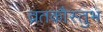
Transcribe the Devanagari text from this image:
व्रतकौस्तुभ